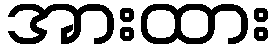
အားထား